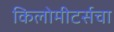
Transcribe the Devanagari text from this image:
किलोमीटर्सचा